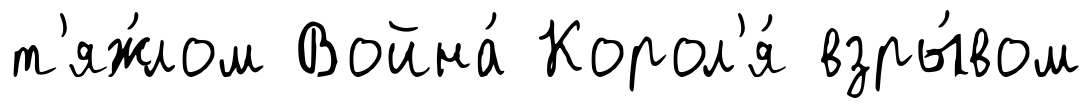
т'яж́лом Война́ Корол'я́ взры́вом